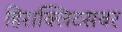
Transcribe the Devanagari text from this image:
हिराक्लिटसवर